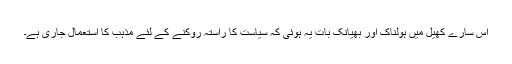
اس سارے کھیل میں ہولناک اور بھیانک بات یہ ہوئی کہ سیاست کا راستہ روکنے کے لئے مذہب کا استعمال جاری ہے۔